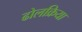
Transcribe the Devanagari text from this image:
ढोलक्रिया